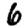
Digit: 6